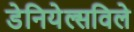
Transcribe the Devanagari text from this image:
डेनियेल्सविले